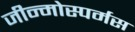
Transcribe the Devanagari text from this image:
जीन्मोस्पर्मस